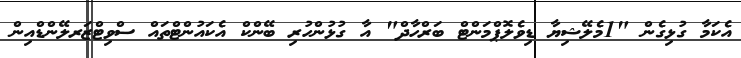
އެކަމާ ގުޅިގެން "1މެލޭޝިޔާ ޑިވެލޮޕްމަންޓް ބަރްހާދް" އާ ގުޅުންހުރި ބޭންކް އެކައުންޓްތައް ސްވިޓްޒަރލޭންޑްއިން